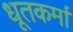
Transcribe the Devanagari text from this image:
धूतकर्मा